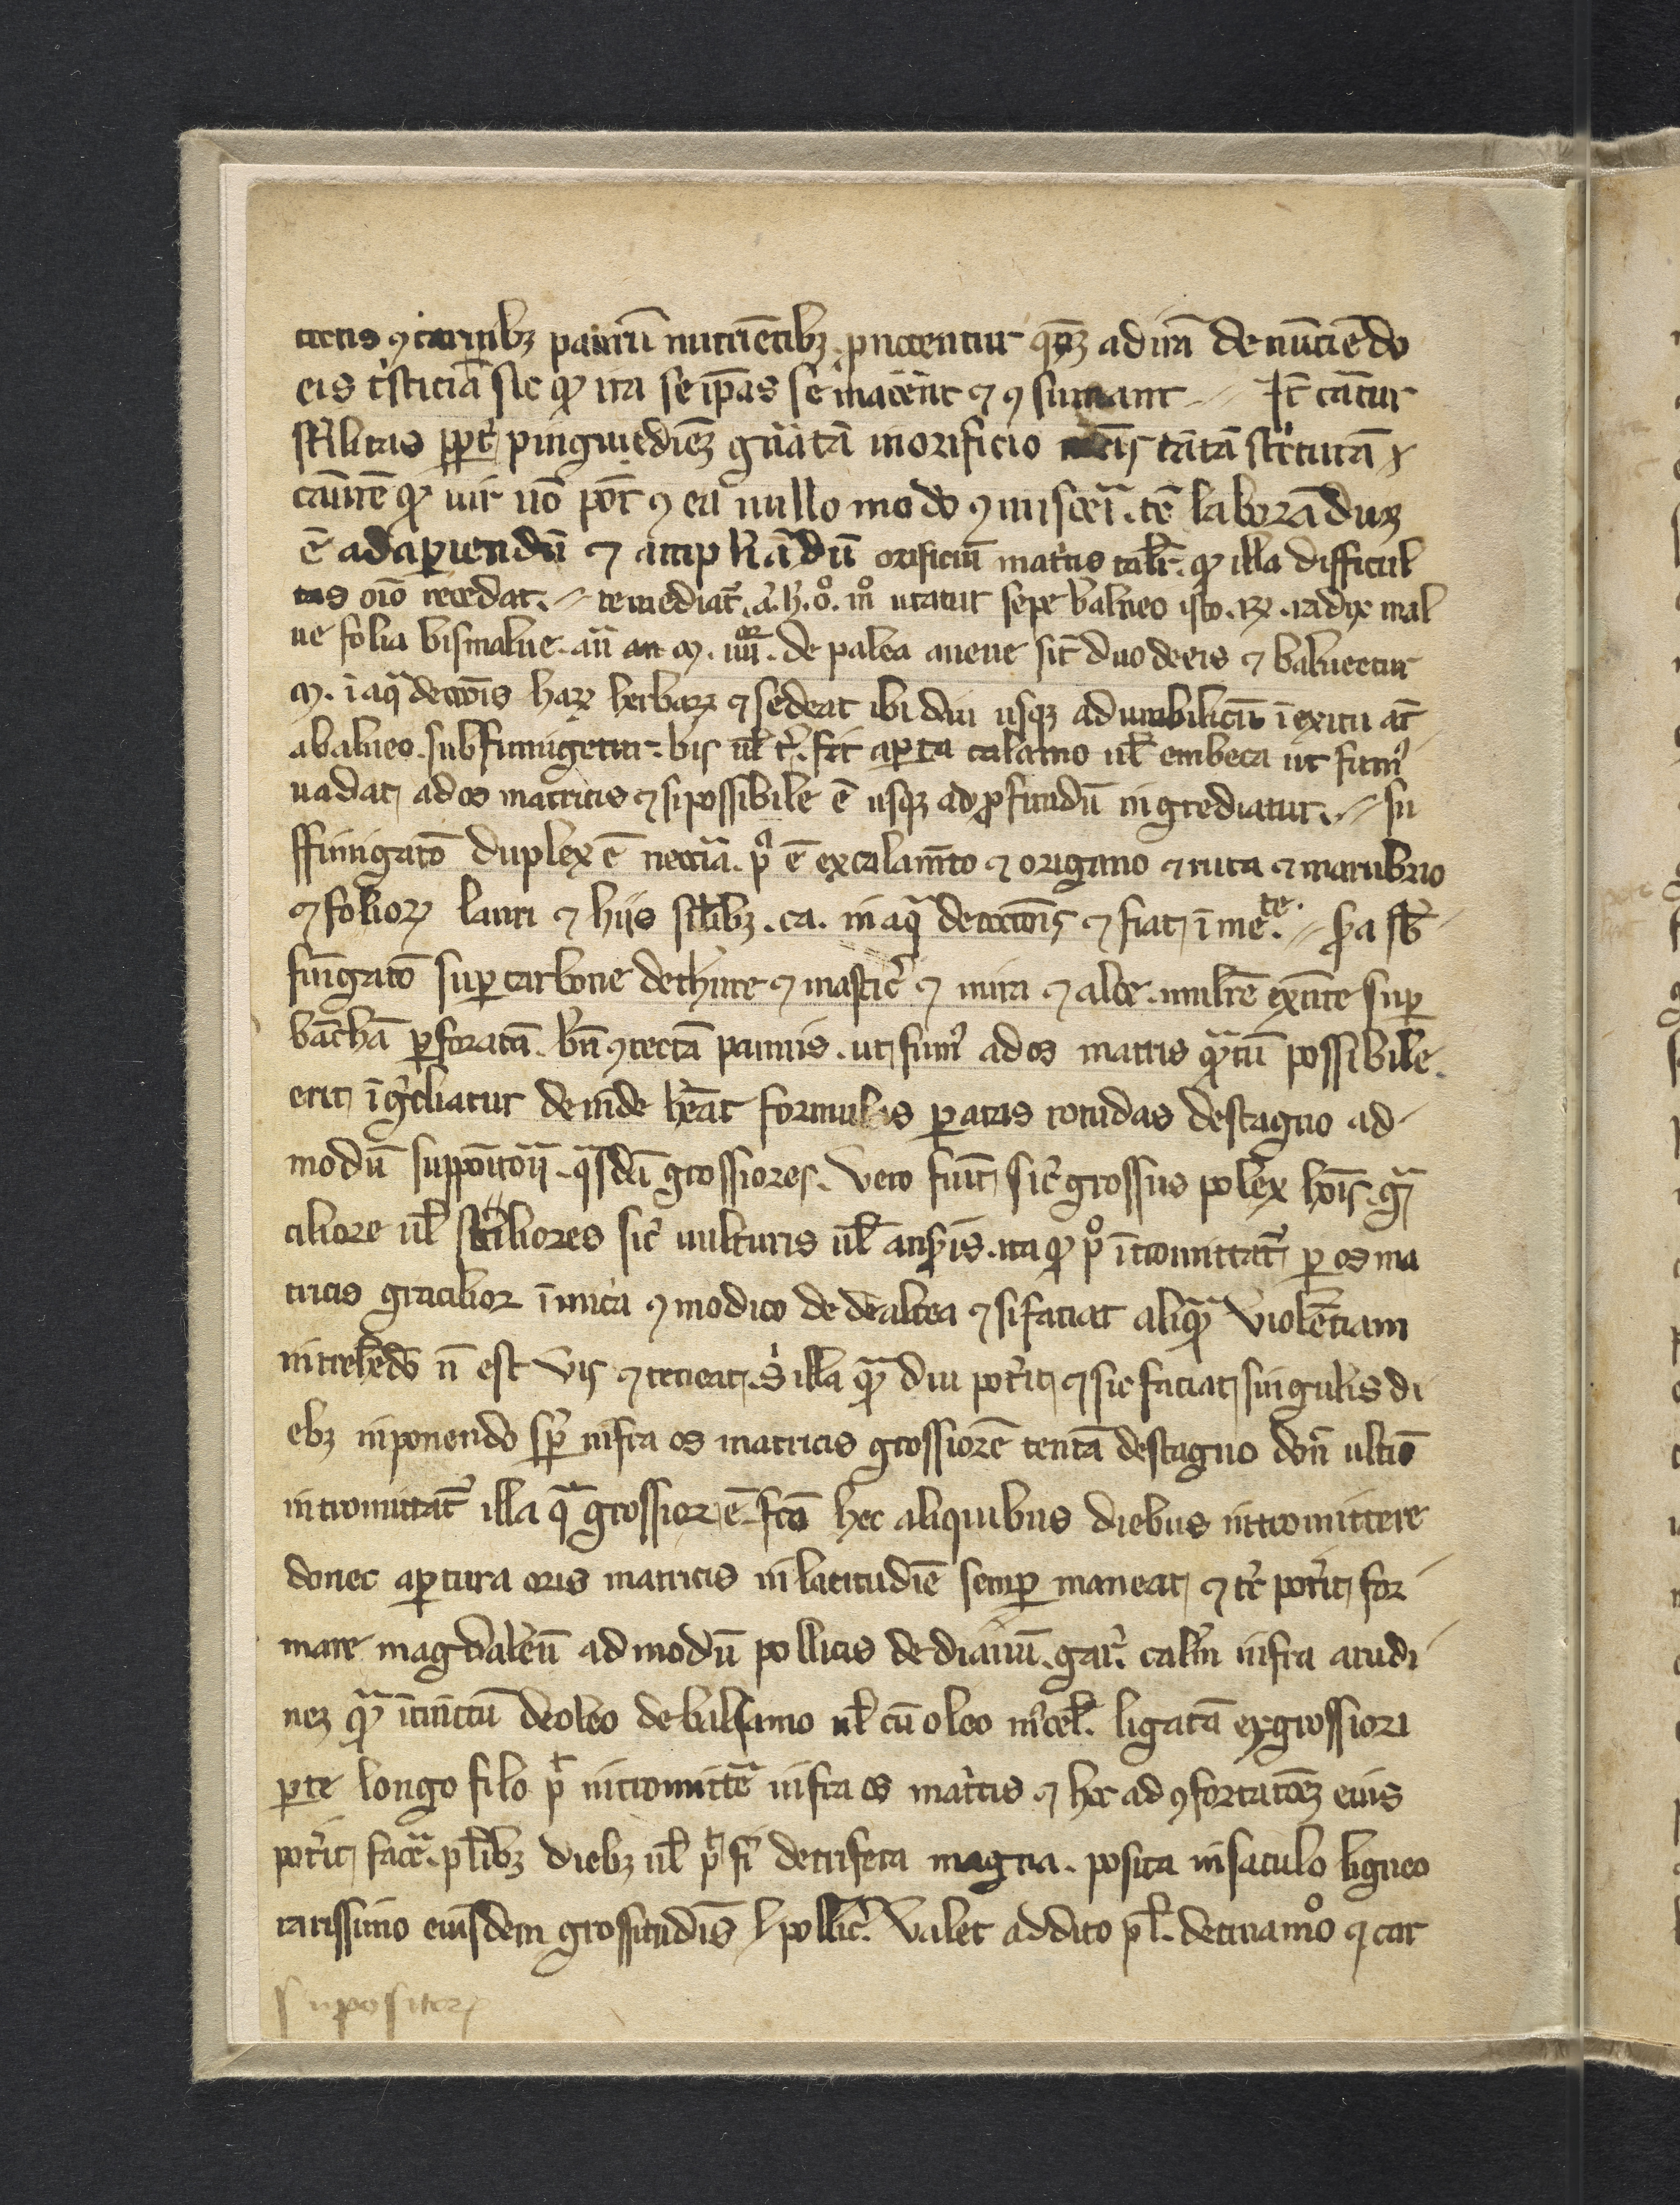
Shelfmark: Philadelphia, College of Physicians, 10a 135
Century: 14